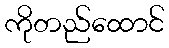
ကိုတည်ထောင်